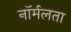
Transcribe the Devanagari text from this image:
नॉर्मलता